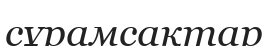
сұрамсақтар